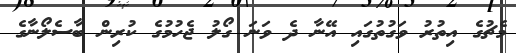
މެޗުގެ އިތުރު ވަގުތުގައި އޭނާ ދެ ވަނަ ގޯލު ޖެހުމުގެ ކުރިން ބާސެލޯނާގެ